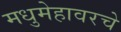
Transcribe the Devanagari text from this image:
मधुमेहावरचे